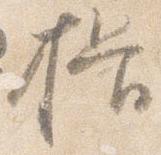
揖